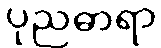
ပုညဓာရာ